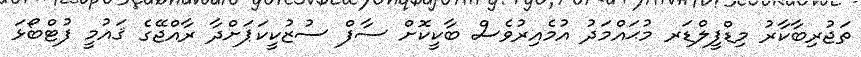
ތަޖުރިބާކާރު މިޑްފީލްޑަރ މުޙައްމަދު އުމެއިރުވެސް ބާކީކޮށް ސާފް ސުޒުކީކަޕަށްދާ ރާއްޖޭގެ ޤައުމީ ފުޓްބޯޅަ